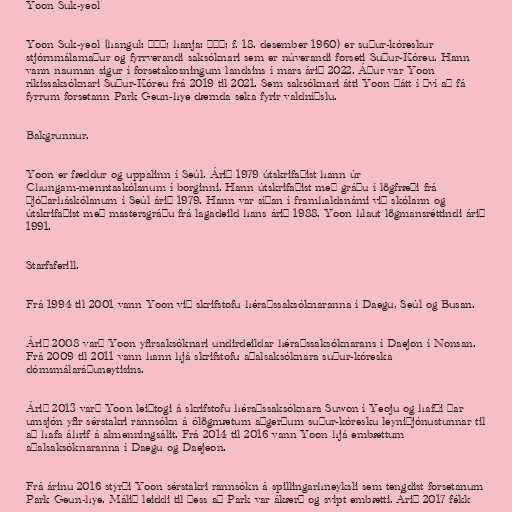
Yoon Suk-yeol

Yoon Suk-yeol (hangul: 윤석열; hanja: 尹錫悅; f. 18. desember 1960) er suður-kóreskur
stjórnmálamaður og fyrrverandi saksóknari sem er núverandi forseti Suður-Kóreu. Hann
vann nauman sigur í forsetakosningum landsins í mars árið 2022. Áður var Yoon
ríkissaksóknari Suður-Kóreu frá 2019 til 2021. Sem saksóknari átti Yoon þátt í því að fá
fyrrum forsetann Park Geun-hye dæmda seka fyrir valdníðslu.

Bakgrunnur.

Yoon er fæddur og uppalinn í Seúl. Árið 1979 útskrifaðist hann úr
Chungam-menntaskólanum í borginni. Hann útskrifaðist með gráðu í lögfræði frá
Þjóðarháskólanum í Seúl árið 1979. Hann var síðan í framhaldsnámi við skólann og
útskrifaðist með mastersgráðu frá lagadeild hans árið 1988. Yoon hlaut lögmansréttindi árið
1991.

Starfsferill.

Frá 1994 til 2001 vann Yoon við skrifstofu héraðssaksóknaranna í Daegu, Seúl og Busan.

Árið 2008 varð Yoon yfirsaksóknari undirdeildar héraðssaksóknarans í Daejon í Nonsan.
Frá 2009 til 2011 vann hann hjá skrifstofu aðalsaksóknara suður-kóreska
dómsmálaráðuneytisins.

Árið 2013 varð Yoon leiðtogi á skrifstofu héraðssaksóknara Suwon í Yeoju og hafði þar
umsjón yfir sérstakri rannsókn á ólögmætum aðgerðum suður-kóresku leyniþjónustunnar til
að hafa áhrif á almenningsálit. Frá 2014 til 2016 vann Yoon hjá embættum
aðalsaksóknaranna í Daegu og Daejeon.

Frá árinu 2016 stýrði Yoon sérstakri rannsókn á spillingarhneyksli sem tengdist forsetanum
Park Geun-hye. Málið leiddi til þess að Park var ákærð og svipt embætti. Árið 2017 fékk